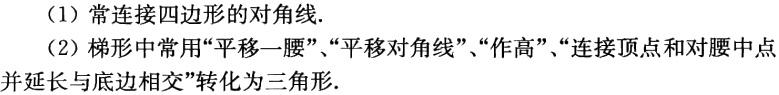
（1）常连接四边形的对角线.

（2）梯形中常用“平移一腰”、“平移对角线”、“作高”、“连接顶点和对腰中点并延长与底边相交”转化为三角形.